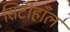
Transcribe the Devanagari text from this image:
सिटीहाँल